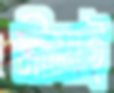
সীমাই